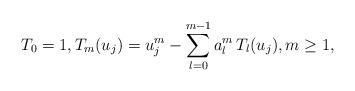
LaTeX: \begin{align*} T_0= 1 , T_m(u_j) = u_j^m - \sum_{l=0}^{m-1} a_l^m \,T_l(u_j), m \geq 1,\end{align*}